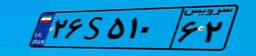
۰۳S۵۴۱۵۱